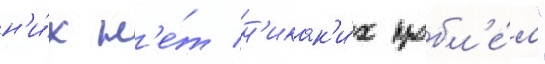
н'и́х н'е́т н'икак'и́х пробл'е́м"